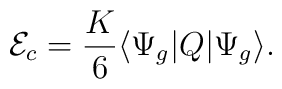
{\mathcal E}_c=\frac K6\langle\Psi_g|Q|\Psi_g\rangle .